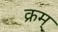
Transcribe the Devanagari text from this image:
क्रम्